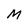
Character: M